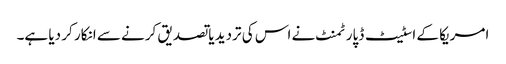
امریکا کے اسٹیٹ ڈپارٹمنٹ نے اس کی تردید یا تصدیق کرنے سے انکار کر دیا ہے۔